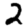
Digit: 2